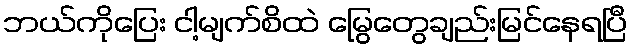
ဘယ်ကိုပြေး ငါ့မျက်စိထဲ မြွေတွေချည်းမြင်နေရပြီ